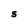
Character: S